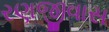
રણજીવાસ